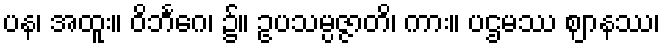
ပန၊ အထူး။ ဝိဘင်္ဂေ၊ ၌။ ဥပသမ္ပဇ္ဇာတိ၊ ကား။ ပဌမဿ ဈာနဿ၊